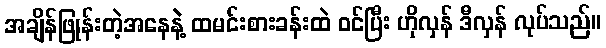
အချိန်ဖြုန်းတဲ့အနေနဲ့ ထမင်းစားခန်းထဲ ဝင်ပြီး ဟိုလှန် ဒီလှန် လုပ်သည်။